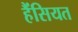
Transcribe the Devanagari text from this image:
हैंसियत